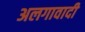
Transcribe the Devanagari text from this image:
अलगावादी